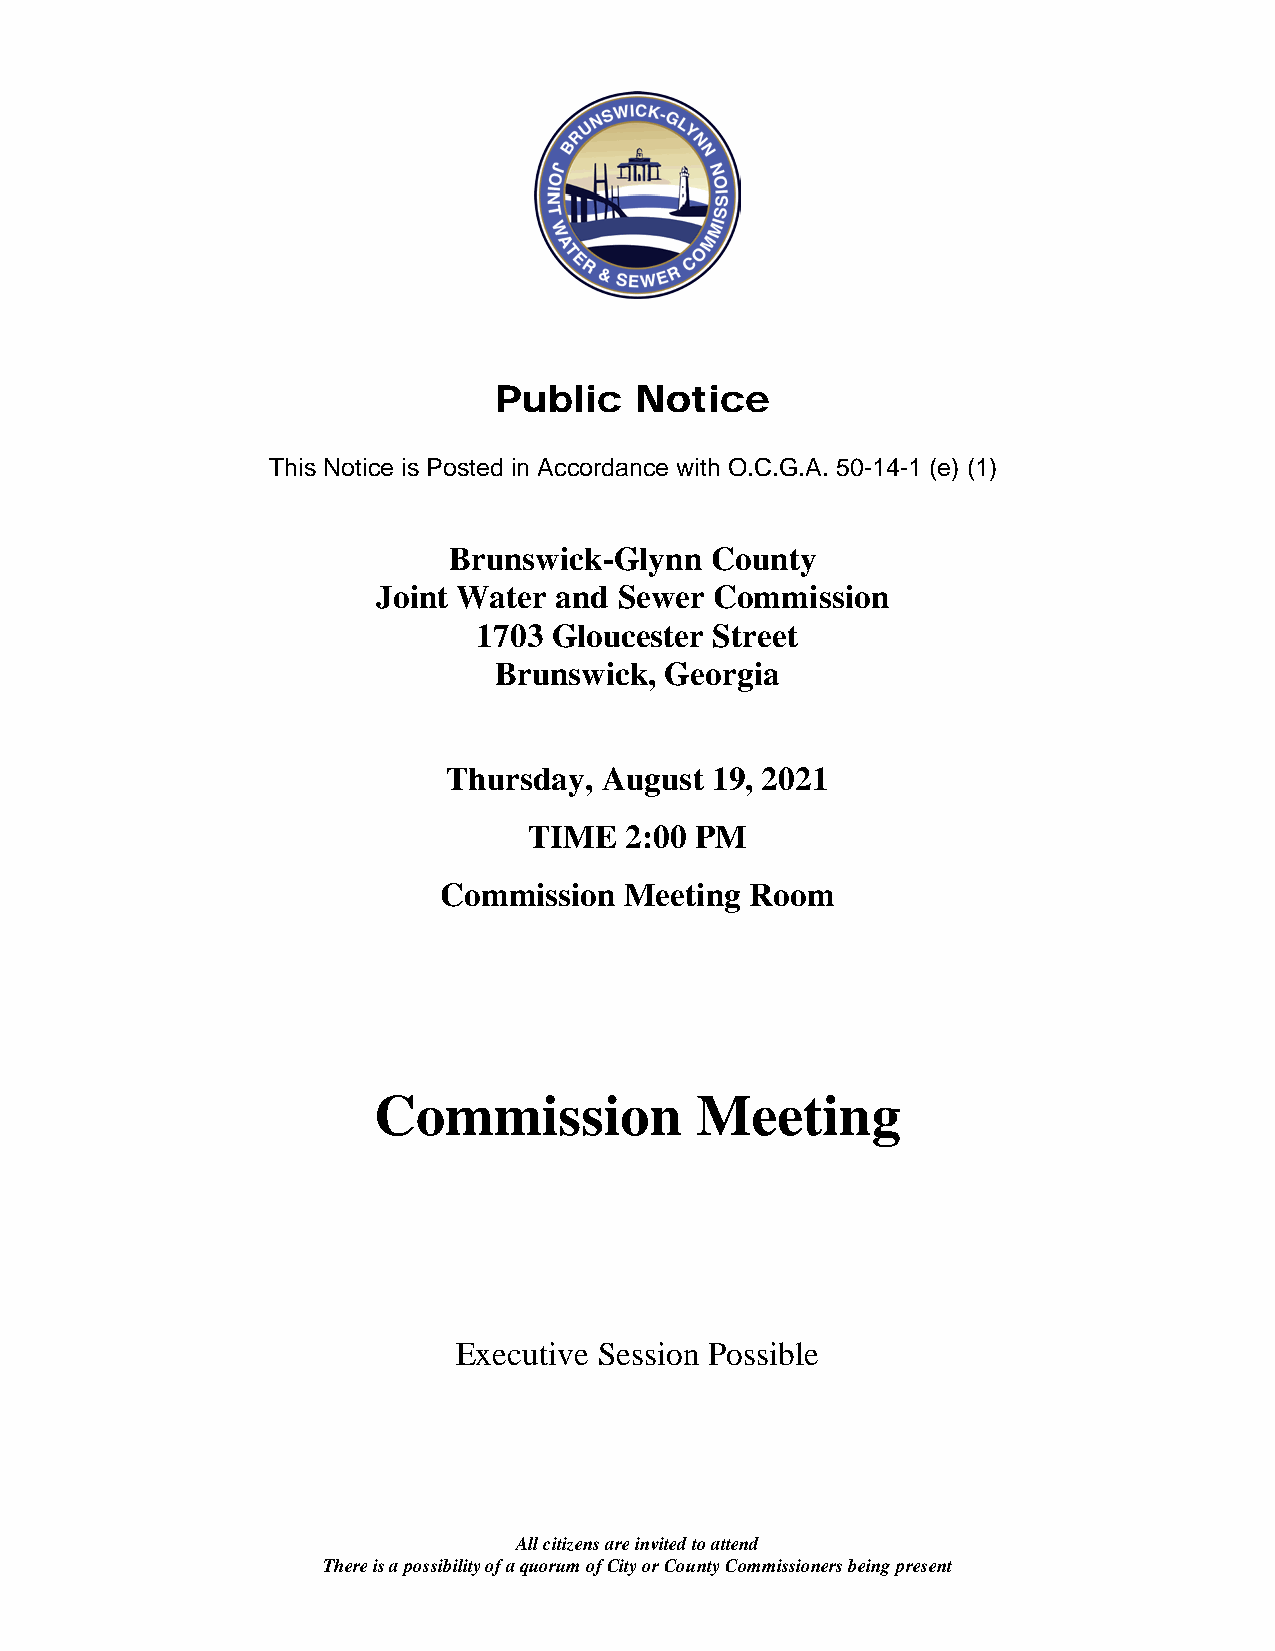
Public   Notice
 This Notice is Posted in Accordance with O.C.G.A. 50-14-1 (e) (1)
 Brunswick-Glynn  County
 Joint Water and Sewer Commission
 1703 Gloucester Street
 Brunswick, Georgia
 Thursday, August 19, 2021
 TIME  2:00 PM
 Commission  Meeting  Room
 Commission           Meeting
 Executive Session Possible
 All citizens are invited to attend
 There is a possibility of a quorum of City or County Commissioners being present